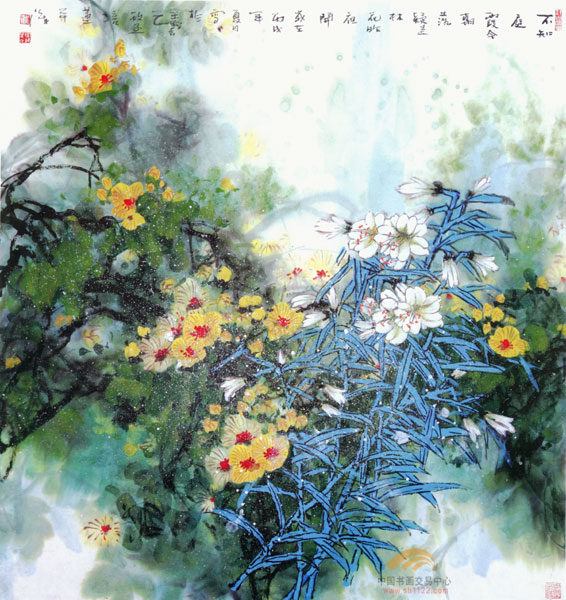
修竹傍林开，乔松倚岩列。